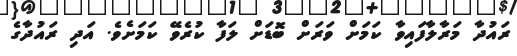
ރައުދާ މަރާލާފައިވާ ކަމަށް ވަރަށް ބޮޑަށް ލަފާ ކުރެވޭ ކަމަށެވެ. އަދި ރައުދާގެ